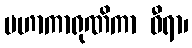
မဟာကာရုဏိကာ ဓီရာ၊